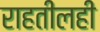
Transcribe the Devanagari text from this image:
राहतीलही